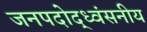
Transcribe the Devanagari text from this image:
जनपदोद्ध्वंसनीय